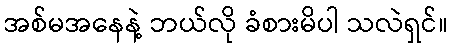
အစ်မအနေနဲ့ ဘယ်လို ခံစားမိပါ သလဲရှင်။